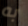
به